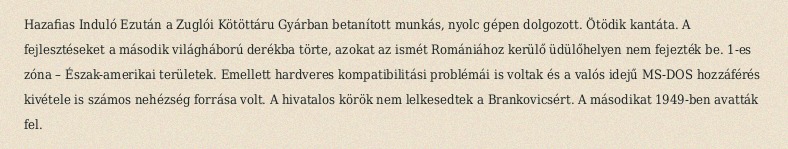
Hazafias Induló Ezután a Zuglói Kötöttáru Gyárban betanított munkás, nyolc gépen dolgozott. Ötödik kantáta. A fejlesztéseket a második világháború derékba törte, azokat az ismét Romániához kerülő üdülőhelyen nem fejezték be. 1-es zóna – Észak-amerikai területek. Emellett hardveres kompatibilitási problémái is voltak és a valós idejű MS-DOS hozzáférés kivétele is számos nehézség forrása volt. A hivatalos körök nem lelkesedtek a Brankovicsért. A másodikat 1949-ben avatták fel.